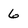
Character: 6